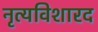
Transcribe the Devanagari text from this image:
नृत्यविशारद